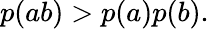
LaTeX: \begin{array}{r}{p(ab)>p(a)p(b).}\end{array}